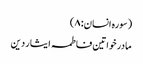
(سورہ انسان: ۸)
مادر خواتین فاطمہ ایثار دین